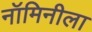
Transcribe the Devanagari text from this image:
नॉमिनीला